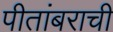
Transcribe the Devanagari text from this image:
पीतांबराची